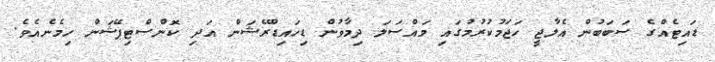
ޑައިޓެއްގެ ސަބަބުން އެލާޖީ ހަޖަމުކުރުމުގައި މައްސަލަ ދިމާވުން ޑިހައިޑްރޭޝަން އަދި ކޮންސްޓިޕޭޝަން ހިމެނެއެވެ.